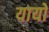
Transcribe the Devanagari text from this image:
यायो